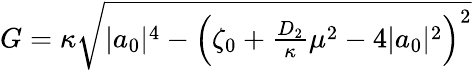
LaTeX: \begin{array}{r}{G=\kappa\sqrt{|a_{0}|^{4}-\left(\zeta_{0}+\frac{D_{2}}{\kappa}\mu^{2}-4|a_{0}|^{2}\right)^{2}}}\end{array}